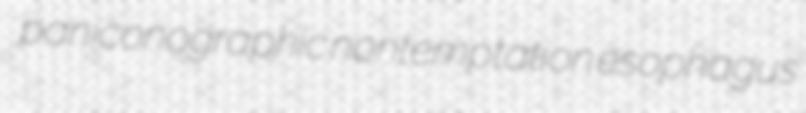
paniconographic nontemptation esophagus